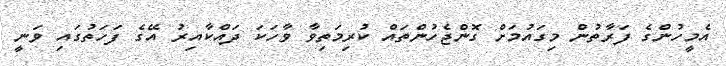
އެމީހުންގެ ފަރާތުން މިގައުމަށް ގޮންޖެހުންތައް ކުރިމަތިވާ ވާހަކަ ދައްކާއިރު އޭގެ ފަހަތުގައި ވަނީ